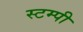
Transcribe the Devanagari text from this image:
स्टम्पी